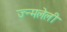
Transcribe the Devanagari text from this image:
ज्न्मलेली